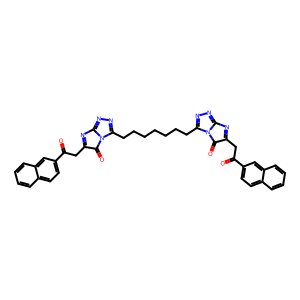
SMILES: O=C(CC1=Nc2nnc(CCCCCCCc3nnc4n3C(=O)C(CC(=O)c3ccc5ccccc5c3)=N4)n2C1=O)c1ccc2ccccc2c1
Inhibits HIV replication: No